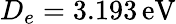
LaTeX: D_{e}=3.193\, \textrm{eV}